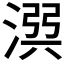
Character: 𣹎